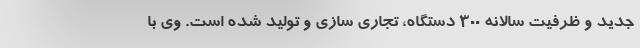
جدید و ظرفیت سالانه ۳۰۰ دستگاه، تجاری سازی و تولید شده است. وی با